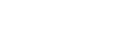
အဖော်အဖြစ်